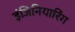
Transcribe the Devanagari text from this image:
इंजिनियारिंग